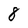
Character: 8